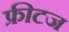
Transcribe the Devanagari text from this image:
फ्रीटज